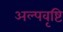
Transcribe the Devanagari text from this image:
अल्पवृष्टि